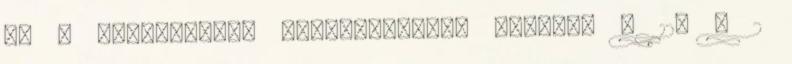
bc a vállalkozás elmulasztotta megadni a 12. § 2